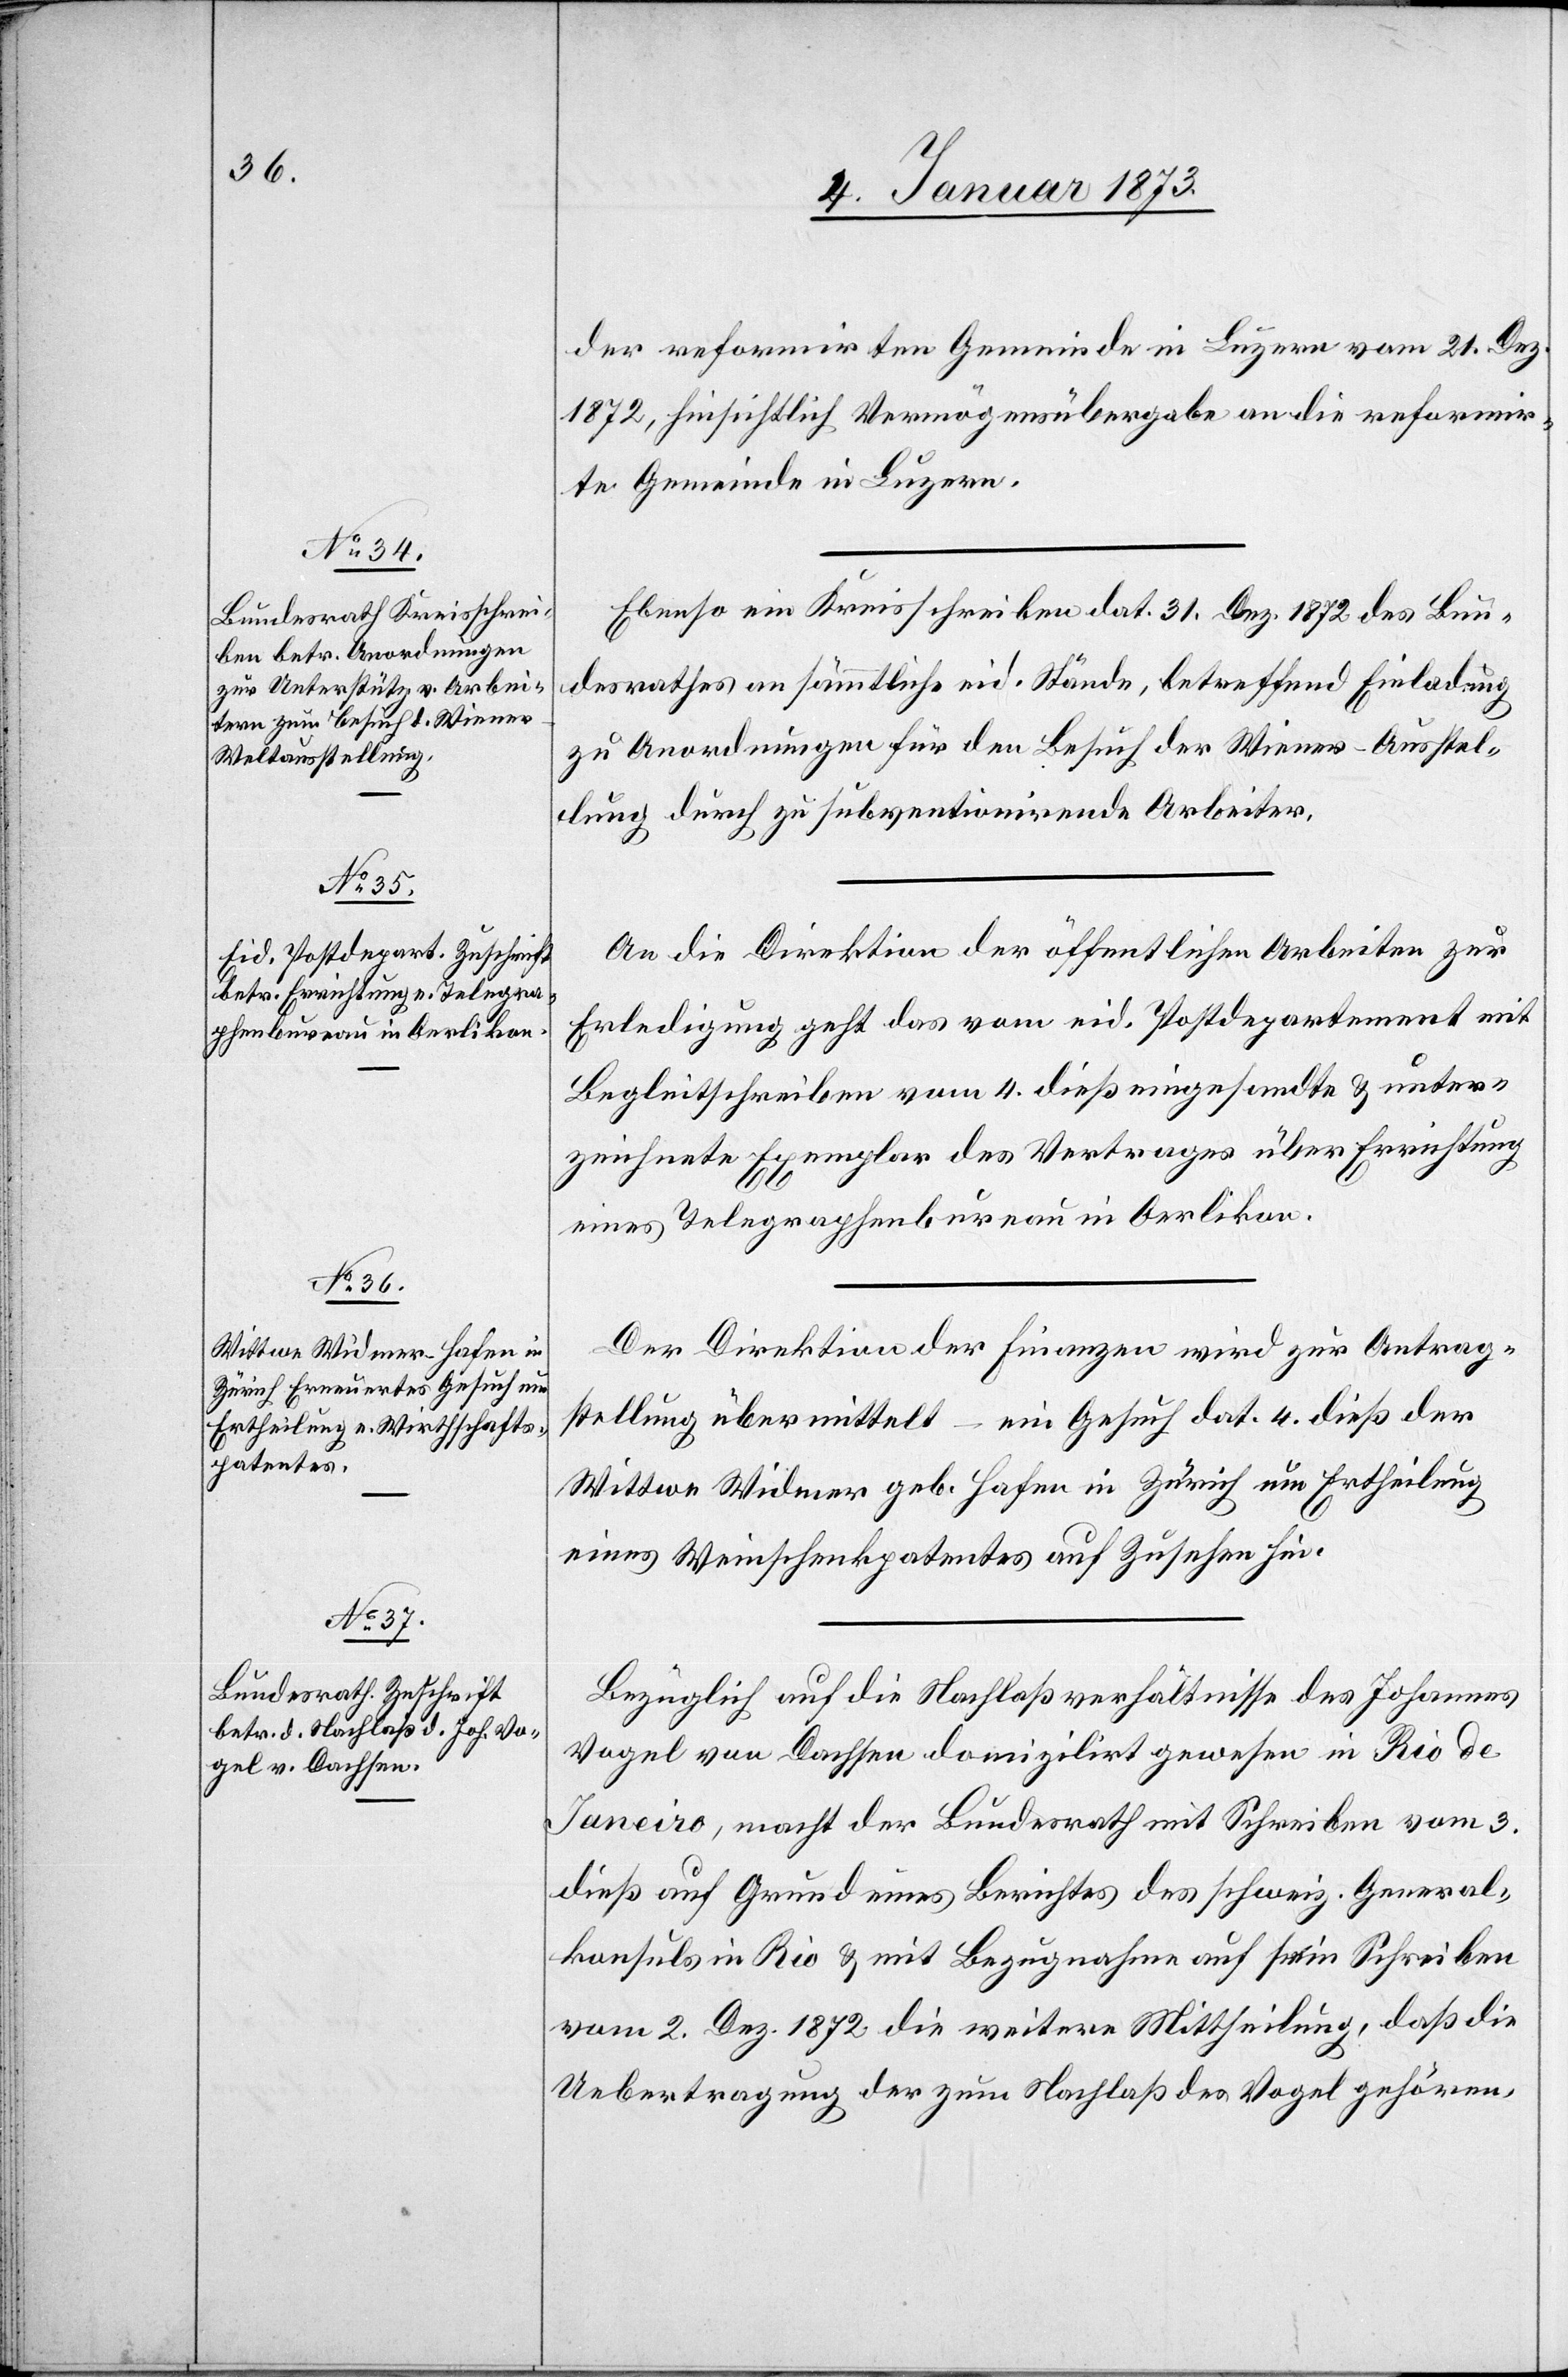
7. Januar 1873]
der reformirten Gemeinde in Luzern vom 21. Dez.
1872, hinsichtlich Vermögensübergabe an die reformir¬
te Gemeinde in Luzern.
Ebenso im Kreisschreiben dat. 31. Dez. 1872 des Bun¬
desrathes an sämmtliche eid. Stände, betreffend Einladung
zu Anordnungen für den Besuch der Wiener-Ausstel¬
lung durch zu subventionirende Arbeiter.
An die Direktion der öffentlichen Arbeiten zur
Erledigung geht das vom eid. Postdepartement mit
Begleitschreiben vom 4. dieß eingesandte & unter¬
zeichnete Exemplar des Vertrages über Errichtung
eines Telegraphenbureau in Oerlikon.
Der Direktion der Finanzen wird zur Antrag¬
stellung übermittelt – ein Gesuch dat. 4. dieß der
Wittwe Widmer geb. Hafen in Zürich um Ertheilung
eines Weinschenkpatentes auf Zusehen hin.
Bezüglich auf die Nachlaßverhältnisse des Johannes
Vogel von Dachsen domizilirt gewesen in Rio de
Janeiro, macht der Bundesrath mit Schreiben vom 3.
dieß auf Grund eines Berichtes des schweiz. General¬
konsuls in Rio & mit Bezugnahme auf sein Schreiben
vom 3. Dez. 1872 die weitere Mittheilung, daß die
Uebertragung der zum Nachlaß des Vogel gehören-